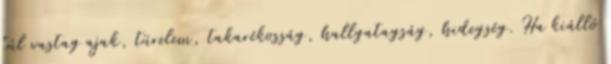
túl vastag ajak, türelem, takarékosság, hallgatagság, hidegség. Ha kiálló